Report on sanitation, dispensaries, and jails in Rajputana for 1914, and on vaccination for the year 1914-1915 - 1914-1915
Year: 1914
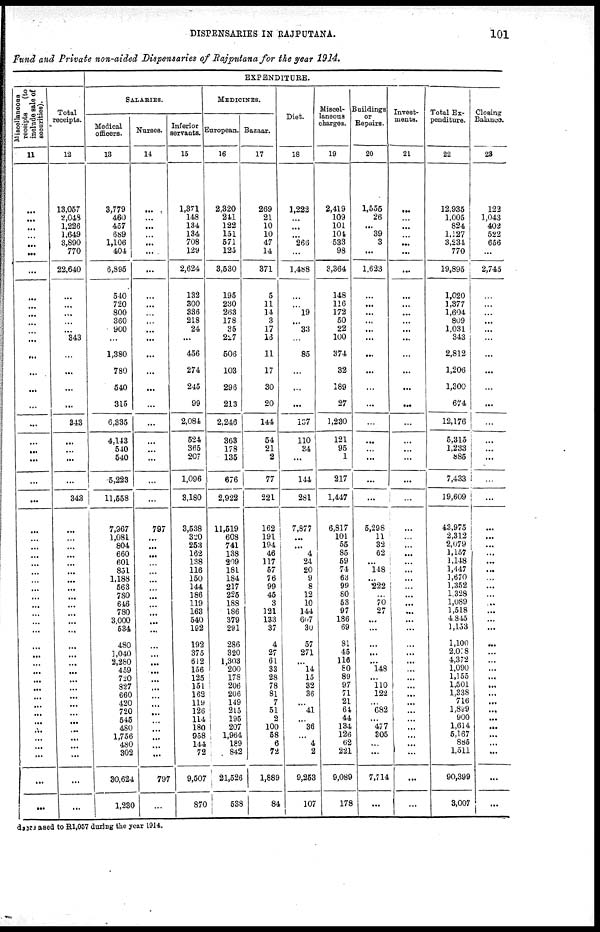
DISPENSARIES IN RAJPUTANA.
101
Fund and Private non-aided Dispensaries of Rajputana for the year 1914.
Miscellaneous
receipts (to
include sale of
securities).
11
...
...
...
...
...
...
...
...
...
...
...
...
...
...
...
...
...
...
...
...
...
...
...
...
...
...
...
...
...
...
...
...
...
...
...
...
...
...
...
...
...
...
...
...
...
...
...
...
...
...
...
...
Total
receipts.
12
13,057
2,048
1,226
1,649
3,890
770
22,640
...
. . .
...
...
...
343
...
...
...
...
843
...
...
...
...
343
...
...
...
...
...
...
...
...
...
...
...
...
...
...
...
...
...
...
...
...
...
...
...
...
...
...
...
...
...
EXPENDITURE.
SALARIES.
Medical
officers.
13
3,779
460
457
689
1,106
404
6,395
540
720
800
360
960
...
1,380
780
540
315
6,335
4,143
540
540
5,223
11,558
7,967
1,081
804
660
601
851
1,188
563
780
646
780
3,000
534
480
1,040
2,260
459
720
827
660
420
720
545
480
1,756
480
302
30,624
1,230
Nurses.
14
...
...
...
...
...
...
...
...
...
. . .
. . .
...
...
...
...
...
...
...
...
...
...
...
...
797
...
...
...
...
...
...
...
...
...
...
...
...
...
...
...
...
...
...
...
...
...
...
...
...
...
...
797
...
Inferior
servants.
15
1,371
148
134
134
708
129
2,624
132
300
336
218
24
...
456
274
245
99
2,084
524
365
207
1,096
8,180
3,538
320
253
162
138
116
150
144
186
119
163
540
192
192
375
612
156
125
151
162
119
126
114
180
958
144
72
9,507
870
MEDICINES.
European.
16
2,320
241
122
151
571
125
3,530
195
230
263
178
35
227
606
103
296 |
213 |
2,246
363
178
136
676
2,922
11,519
608
741
138
209
181
184
217
226
188
186
379
291
286
320
1,303
200
178
206
206
149
215
195
207
1,964
189
842
21,526
638
Bazaar.
17
269
21
10
10
47
14
371
5
11
14
3
17
18
11
17
30
20
144
54
21
2
77
221
162
191
194
46
117
57
76
99
45
3
121
133
37
4
27
6
33
28
78
81
7
51
2
100
68
6
72
1,889
84
Diet.
18
1,222
...
...
...
266
...
1,488
...
...
19
...
33
...
85
...
...
...
137
110
34
...
144
281
7,877
...
...
4
24
20
9
8
12
10
144
607
30
57
271
...
14
15
32
36
...
41
...
36
...
4
2
9,263
107
Miscel¬
laneous
charges.
19
2,419
109
101
104
533
98
3,364
148
116
172
50
22
100
374
32
189
27
1,280
121
95
1
217
1,447
6,817
101
55
85
69
74
63
99
8O
53
97
186
69
81
45
110
60
89
97
71
21
64
44
134
126
62
221
9,089
178
Buildings
or
Repairs.
20
1,556
26
...
39
3
...
1,623
...
...
...
...
...
...
...
...
...
...
...
...
...
...
5,298
11
32
62
...
148
...
222
...
70
27
...
...
...
...
...
148
...
110
122
...
682
...
477
305
...
...
7,714
...
Invest¬
mente.
21
...
...
...
...
...
...
...
...
...
...
...
...
...
...
...
...
...
...
...
...
...
...
...
...
...
...
...
...
...
...
...
...
...
...
...
...
...
...
...
...
...
...
...
...
...
...
...
... ...
...
...
...
Total Ex¬
penditure.
22
12,935
1,005
824
1,127
3,234
770
19,895
1,020
1,377
1,604
809
1,031
343 |
2,812
1,206 !
1,300
674
12,176 '
6,315
1,233
885
7,433
19,609
43,975
2,312
2,079
1,157
1,148
1,147
1,670
1,352
1,328
1,089
1,518
4 845
1,153
1,100
2,018
4,372
1,090
1,155
1,501
1,338
716
l,889
900
1,614
5,167
885
1,511
90,399
3,007
Closing
Balances.
23
122
1,043
402
522
656
...
2,745
...
...
...
...
...
...
...
...
...
...
...
...
...
...
...
...
...
...
...
...
...
...
...
...
...
...
...
...
...
...
...
...
...
...
...
...
...
...
...
...
...
...
diseased to R1,057 during the year 1914.